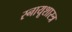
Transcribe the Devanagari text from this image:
स्नायूशास्त्र